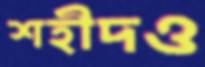
শহীদও